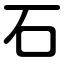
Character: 石